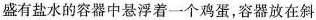
盛有盐水的容器中悬浮着一个鸡蛋，容器放在斜